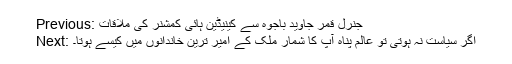
Previous: جنرل قمر جاوید باجوہ سے کینیڈین ہائی کمشنر کی ملاقات
Next: اگر سیاست نہ ہوتی تو عالم پناہ آپ کا شمار ملک کے امیر ترین خاندانوں میں کیسے ہوتا۔